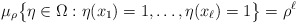
\begin{align*}\mu_\rho\big\{\eta\in\Omega: \eta(x_1)=1,\dots, \eta(x_\ell) =1\big\} = \rho^ \ell\end{align*}